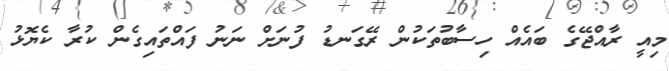
މިއީ ރާއްޖޭގެ ބައެއް ހިސާބުތަކުން ރޭގަނޑު ފުނަށް ނަނު ފައްތައިގެން ކުރާ ކެޔޮޅު